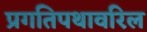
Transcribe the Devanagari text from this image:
प्रगतिपथावरिल